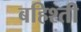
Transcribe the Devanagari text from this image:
बहिश्ती